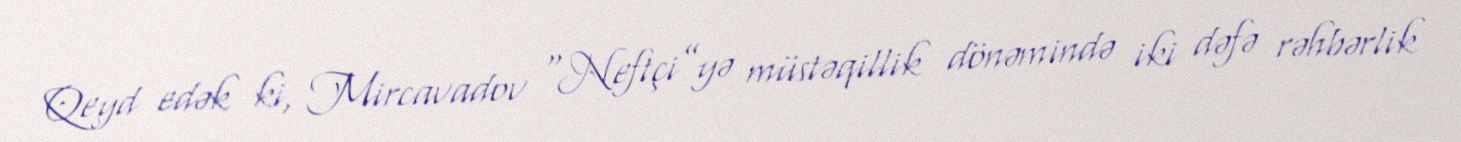
Qeyd edək ki, Mircavadov “Neftçi”yə müstəqillik dönəmində iki dəfə rəhbərlik